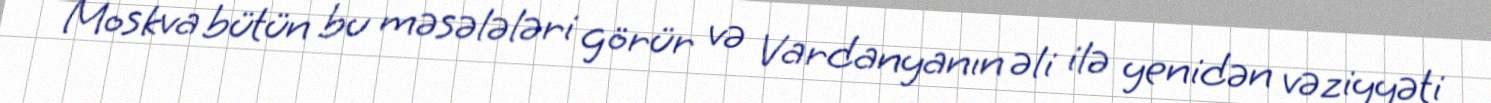
Moskva bütün bu məsələləri görür və Vardanyanın əli ilə yenidən vəziyyəti